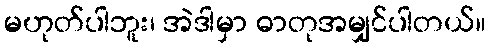
မဟုတ်ပါဘူး၊ အဲဒါမှာ ဓာတုအမျှင်ပါတယ်။